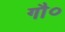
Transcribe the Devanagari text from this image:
गौ०